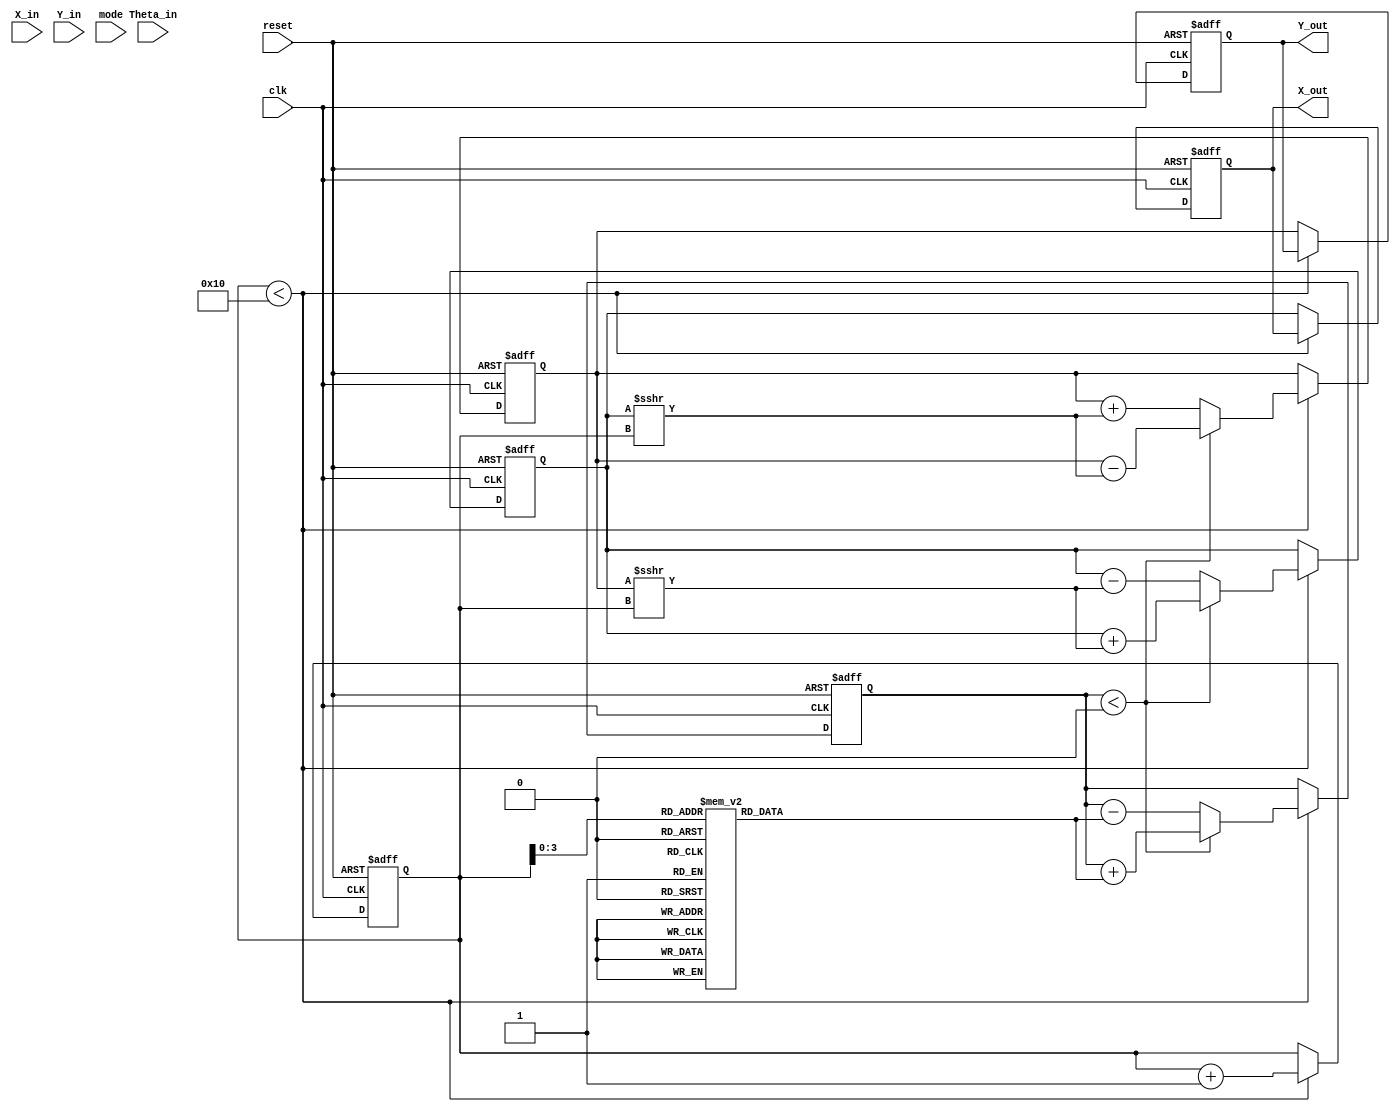
module complex_cordic #(
    parameter WIDTH = 16, // Bit-width for inputs and outputs
    parameter ITERATIONS = 16 // Number of iterations for CORDIC
)(
    input wire clk,
    input wire reset,
    input wire [WIDTH-1:0] X_in,
    input wire [WIDTH-1:0] Y_in,
    input wire [WIDTH-1:0] Theta_in,
    input wire mode, // 0 for rotation, 1 for vectoring
    output reg [WIDTH-1:0] X_out,
    output reg [WIDTH-1:0] Y_out
);

    // Internal registers
    reg [WIDTH-1:0] X_reg;
    reg [WIDTH-1:0] Y_reg;
    reg [WIDTH-1:0] Theta_reg;
    reg [WIDTH-1:0] Z_reg;
    reg [4:0] iteration; // Counter for iterations

    // CORDIC angle lookup table (in radians, scaled)
    reg [WIDTH-1:0] angle_table [0:ITERATIONS-1];
    initial begin
        // Initialize angle lookup table (scaled values)
        angle_table[0] = 16'h26DD; // atan(2^-0)
        angle_table[1] = 16'h1C71; // atan(2^-1)
        angle_table[2] = 16'h14AE; // atan(2^-2)
        angle_table[3] = 16'h0FAE; // atan(2^-3)
        angle_table[4] = 16'h0C90; // atan(2^-4)
        angle_table[5] = 16'h06E9; // atan(2^-5)
        angle_table[6] = 16'h0355; // atan(2^-6)
        angle_table[7] = 16'h01AA; // atan(2^-7)
        angle_table[8] = 16'h00D5; // atan(2^-8)
        angle_table[9] = 16'h0062; // atan(2^-9)
        angle_table[10] = 16'h0031; // atan(2^-10)
        angle_table[11] = 16'h0018; // atan(2^-11)
        angle_table[12] = 16'h000C; // atan(2^-12)
        angle_table[13] = 16'h0006; // atan(2^-13)
        angle_table[14] = 16'h0003; // atan(2^-14)
        angle_table[15] = 16'h0001; // atan(2^-15)
    end

    // Control FSM
    always @(posedge clk or posedge reset) begin
        if (reset) begin
            X_reg <= 0;
            Y_reg <= 0;
            Theta_reg <= 0;
            iteration <= 0;
            X_out <= 0;
            Y_out <= 0;
        end else begin
            if (iteration < ITERATIONS) begin
                // Perform CORDIC iteration
                if (mode == 0) begin // Rotation mode
                    if (Theta_reg < 0) begin
                        X_reg <= X_reg + (Y_reg >>> iteration);
                        Y_reg <= Y_reg - (X_reg >>> iteration);
                        Theta_reg <= Theta_reg + angle_table[iteration];
                    end else begin
                        X_reg <= X_reg - (Y_reg >>> iteration);
                        Y_reg <= Y_reg + (X_reg >>> iteration);
                        Theta_reg <= Theta_reg - angle_table[iteration];
                    end
                end else begin // Vectoring mode
                    if (Theta_reg < 0) begin
                        X_reg <= X_reg + (Y_reg >>> iteration);
                        Y_reg <= Y_reg - (X_reg >>> iteration);
                        Theta_reg <= Theta_reg + angle_table[iteration];
                    end else begin
                        X_reg <= X_reg - (Y_reg >>> iteration);
                        Y_reg <= Y_reg + (X_reg >>> iteration);
                        Theta_reg <= Theta_reg - angle_table[iteration];
                    end
                end
                iteration <= iteration + 1;
            end else begin
                // Final output assignment
                X_out <= X_reg;
                Y_out <= Y_reg;
            end
        end
    end

endmodule